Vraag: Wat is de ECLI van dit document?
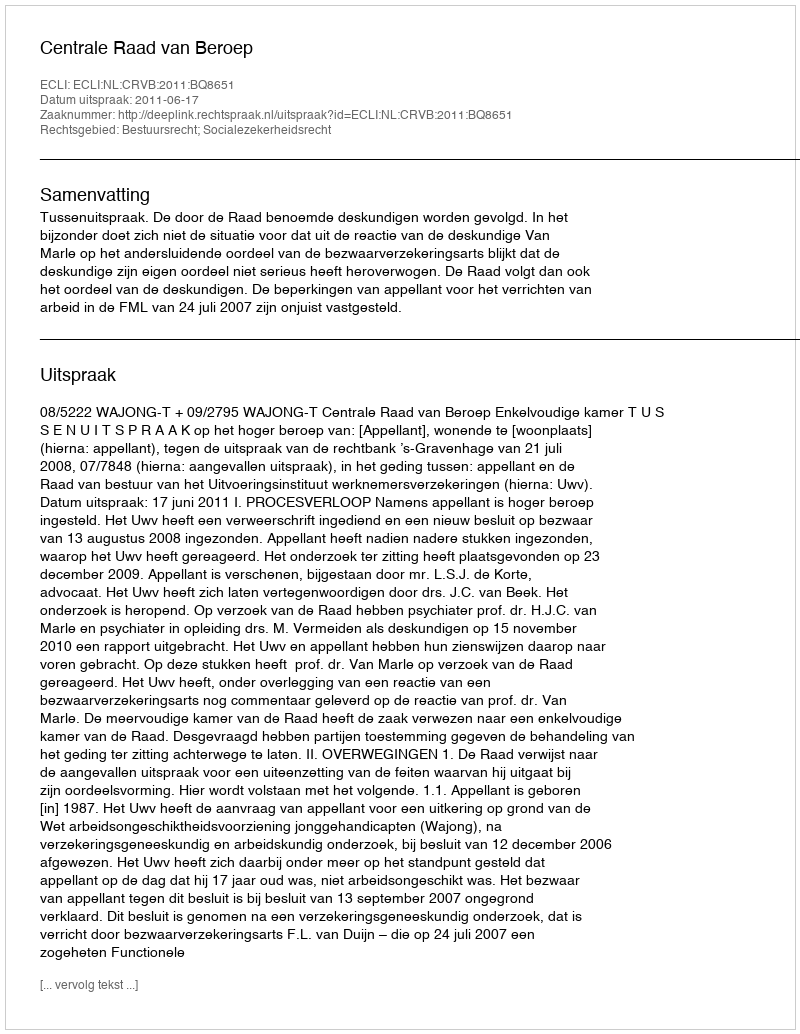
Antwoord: ECLI:NL:CRVB:2011:BQ8651